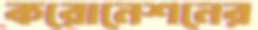
করোনেশনের